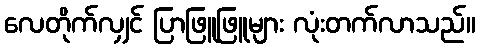
လေတိုက်လျှင် ပြာဖြူဖြူများ လုံးတက်လာသည်။